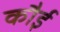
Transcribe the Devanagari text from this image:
कौई